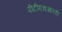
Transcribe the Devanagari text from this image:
पीटीएचआरपी